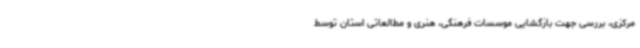
مرکزی، بررسی جهت بازگشایی موسسات فرهنگی، هنری و مطالعاتی استان توسط